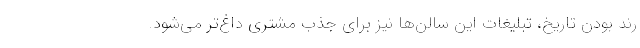
رُند بودن تاریخ، تبلیغات این سالن‌ها نیز برای جذب مشتری داغ‌تر می‌شود.